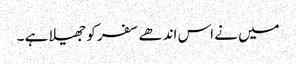
میں نے اس اندھے سفر کو جھیلا ہے ۔